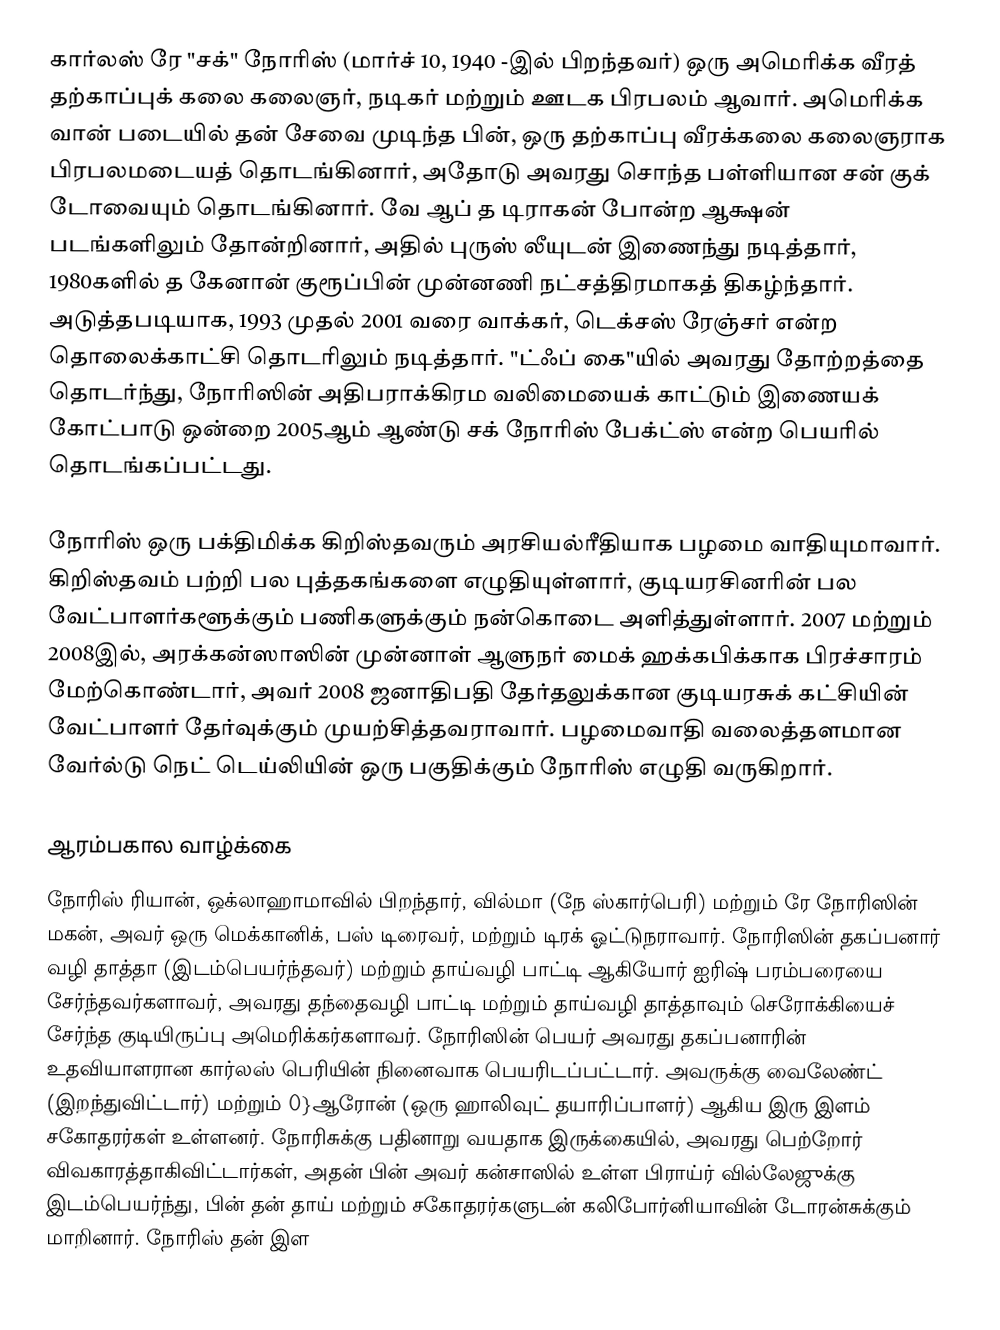
கார்லஸ் ரே "சக்" நோரிஸ் (மார்ச் 10, 1940 -இல் பிறந்தவர்) ஒரு அமெரிக்க வீரத் தற்காப்புக் கலை கலைஞர், நடிகர் மற்றும் ஊடக பிரபலம் ஆவார். அமெரிக்க வான் படையில் தன் சேவை முடிந்த பின், ஒரு தற்காப்பு வீரக்கலை கலைஞராக பிரபலமடையத் தொடங்கினார், அதோடு அவரது சொந்த பள்ளியான சன் குக் டோவையும் தொடங்கினார். வே ஆப் த டிராகன் போன்ற ஆக்ஷன் படங்களிலும் தோன்றினார், அதில் புருஸ் லீயுடன் இணைந்து நடித்தார், 1980களில் த கேனான் குரூப்பின் முன்னணி நட்சத்திரமாகத் திகழ்ந்தார். அடுத்தபடியாக, 1993 முதல் 2001 வரை வாக்கர், டெக்சஸ் ரேஞ்சர் என்ற தொலைக்காட்சி தொடரிலும் நடித்தார். "ட்ஃப் கை"யில் அவரது தோற்றத்தை தொடர்ந்து, நோரிஸின் அதிபராக்கிரம வலிமையைக் காட்டும் இணையக் கோட்பாடு ஒன்றை 2005ஆம் ஆண்டு சக் நோரிஸ் பேக்ட்ஸ் என்ற பெயரில் தொடங்கப்பட்டது.

நோரிஸ் ஒரு பக்திமிக்க கிறிஸ்தவரும் அரசியல்ரீதியாக பழமை வாதியுமாவார். கிறிஸ்தவம் பற்றி பல புத்தகங்களை எழுதியுள்ளார், குடியரசினரின் பல வேட்பாளர்களூக்கும் பணிகளுக்கும் நன்கொடை அளித்துள்ளார். 2007 மற்றும் 2008இல், அரக்கன்ஸாஸின் முன்னாள் ஆளுநர் மைக் ஹக்கபிக்காக பிரச்சாரம் மேற்கொண்டார், அவர் 2008 ஜனாதிபதி தேர்தலுக்கான குடியரசுக் கட்சியின் வேட்பாளர் தேர்வுக்கும் முயற்சித்தவராவார். பழமைவாதி வலைத்தளமான வேர்ல்டு நெட் டெய்லியின் ஒரு பகுதிக்கும் நோரிஸ் எழுதி வருகிறார்.

ஆரம்பகால வாழ்க்கை
நோரிஸ் ரியான், ஒக்லாஹாமாவில் பிறந்தார், வில்மா (நே ஸ்கார்பெரி) மற்றும் ரே நோரிஸின் மகன், அவர் ஒரு மெக்கானிக், பஸ் டிரைவர், மற்றும் டிரக் ஓட்டுநராவார். நோரிஸின் தகப்பனார் வழி தாத்தா (இடம்பெயர்ந்தவர்) மற்றும் தாய்வழி பாட்டி ஆகியோர் ஐரிஷ் பரம்பரையை சேர்ந்தவர்களாவர், அவரது தந்தைவழி பாட்டி மற்றும் தாய்வழி தாத்தாவும் செரோக்கியைச் சேர்ந்த குடியிருப்பு அமெரிக்கர்களாவர். நோரிஸின் பெயர் அவரது தகப்பனாரின் உதவியாளரான கார்லஸ் பெரியின் நினைவாக பெயரிடப்பட்டார். அவருக்கு வைலேண்ட் (இறந்துவிட்டார்) மற்றும் 0}ஆரோன் (ஒரு ஹாலிவுட் தயாரிப்பாளர்) ஆகிய இரு இளம் சகோதரர்கள் உள்ளனர். நோரிசுக்கு பதினாறு வயதாக இருக்கையில், அவரது பெற்றோர் விவகாரத்தாகிவிட்டார்கள், அதன் பின் அவர் கன்சாஸில் உள்ள பிராய்ர் வில்லேஜுக்கு இடம்பெயர்ந்து, பின் தன் தாய் மற்றும் சகோதரர்களுடன் கலிபோர்னியாவின் டோரன்சுக்கும் மாறினார். நோரிஸ் தன் இள